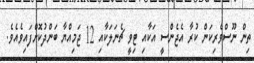
ތިން ނޫސްވެރިކަން ކުރާ އެޖެންސީ އަކާއި ޓިވީ ޗެނަލަކާއި 12 ޖަމިއްޔާ ބަންދުކޮށްފައިވެއެވެ.